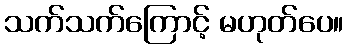
သက်သက်ကြောင့် မဟုတ်ပေ။